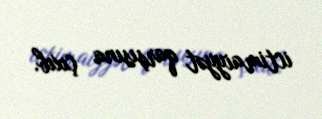
ictimaiyyət qarşısına çıxıb.